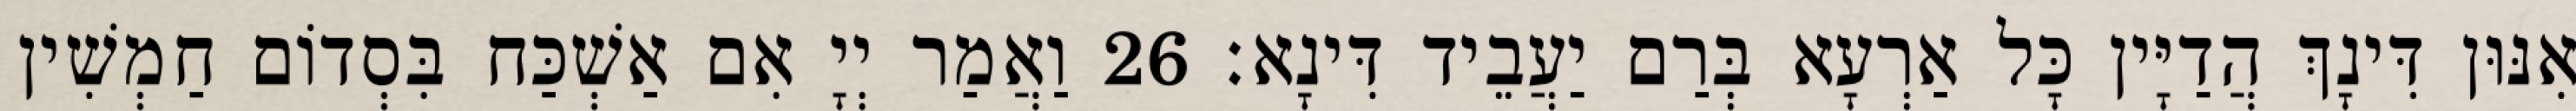
אִנּוּן דִּינָךְ הֲדַיָּין כָּל אַרְעָא בְּרַם יַעֲבֵיד דִּינָא׃ 26 וַאֲמַר יְיָ אִם אַשְׁכַּח בִּסְדוֹם חַמְשִׁין